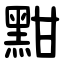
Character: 黚